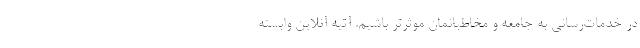
در خدمات‌رسانی به جامعه و مخاطبانمان موثرتر باشیم. آتیه آنلاین وابسته